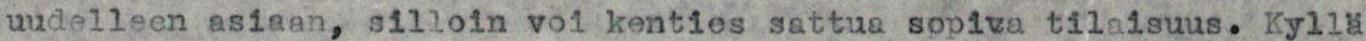
uudelleen asiaan, silloin voi kenties sattua sopiva tilaisuus. Kyllä